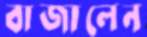
বাজালেন